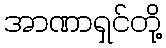
အာဏာရှင်တို့